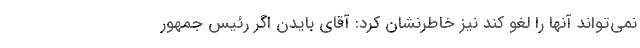
نمی‌تواند آنها را لغو کند نیز خاطرنشان کرد: آقای بایدن اگر رئیس جمهور